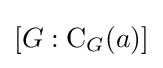
\left[G:\operatorname {C} _{G}(a)\right]